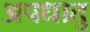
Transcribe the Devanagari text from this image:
अपधातु